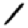
Digit: 1